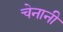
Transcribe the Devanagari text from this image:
चेनानी